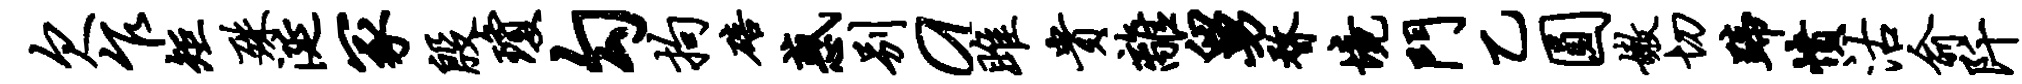
欠乍矩殊涎冢殷琼勾拘碚惑别a雎贵离舅瞀境门乙圆嫩切蹄愤沽俞阡